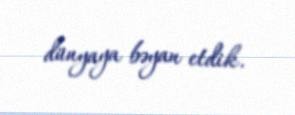
dünyaya bəyan etdik.